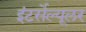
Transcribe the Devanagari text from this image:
इंटर्सेल्यूलर